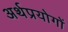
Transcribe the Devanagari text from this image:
अर्थप्रयोगों